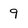
Character: 9